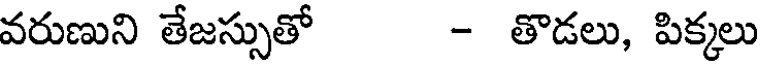
వరుణుని తేజస్సుతో - తొడలు, పిక్కలు